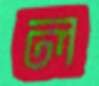
ল